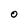
Character: O